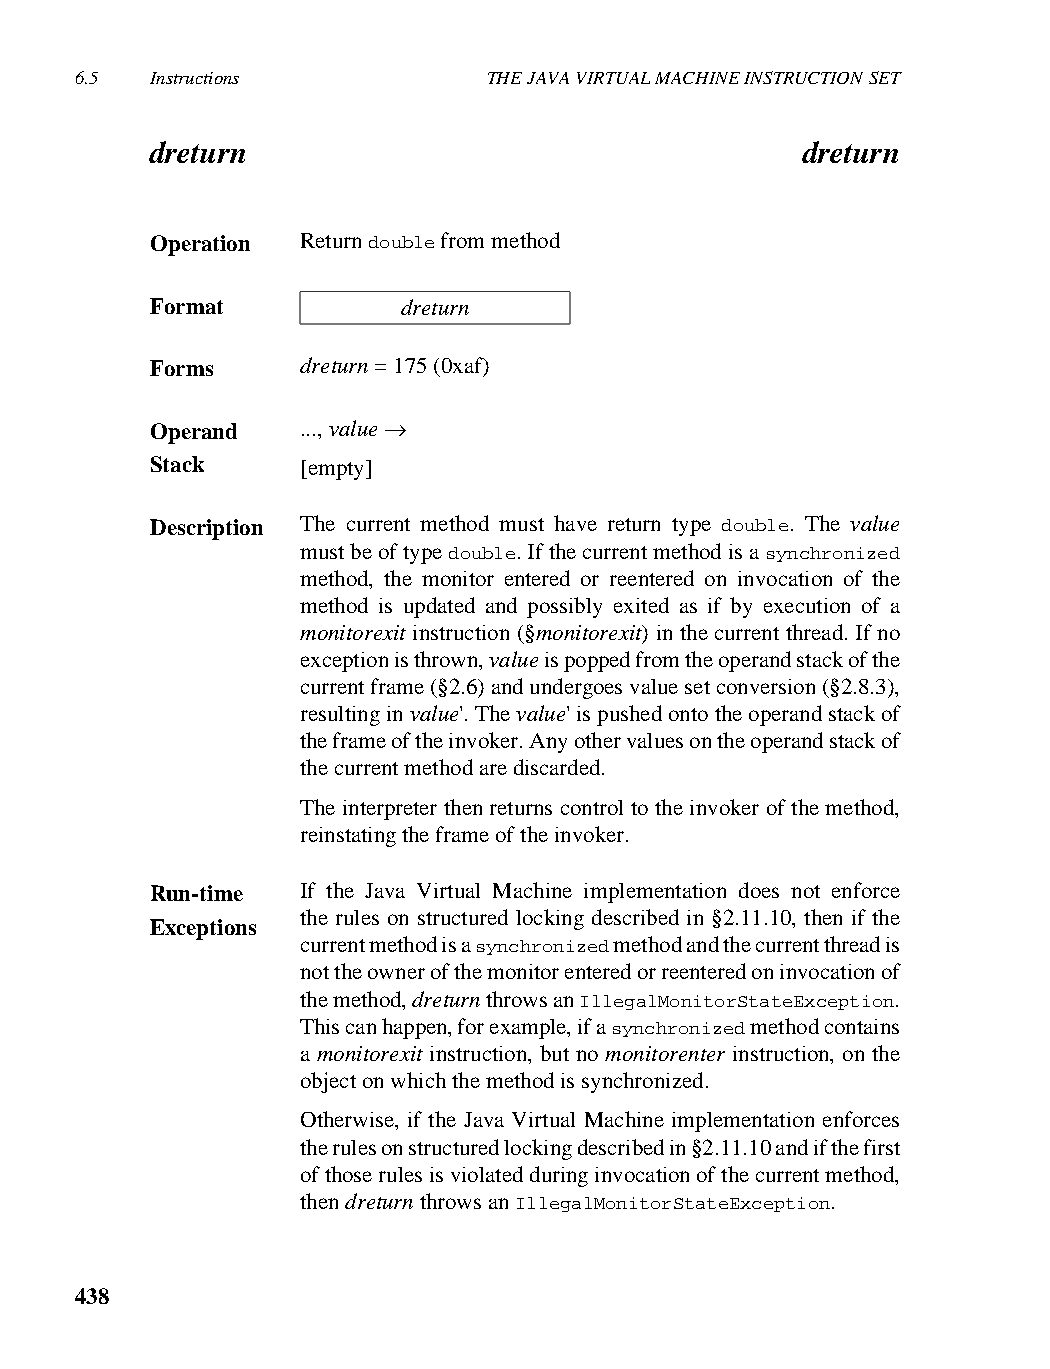
6.5  Instructions          THE JAVA VIRTUAL MACHINE INSTRUCTION SET
 dreturn                                    dreturn
 Operation Return double from method
 Format           dreturn
 Forms     dreturn = 175 (0xaf)
 Operand   ..., value →
 Stack     [empty]
 Description The current method must have return type double. The value
 must be of type double. If the current method is a synchronized
 method, the monitor entered or reentered on invocation of the
 method is updated and possibly exited as if by execution of a
 monitorexit instruction (§monitorexit) in the current thread. If no
 exception is thrown, value is popped from the operand stack of the
 current frame (§2.6) and undergoes value set conversion (§2.8.3),
 resulting in value'. The value' is pushed onto the operand stack of
 the frame of the invoker. Any other values on the operand stack of
 the current method are discarded.
 The interpreter then returns control to the invoker of the method,
 reinstating the frame of the invoker.
 Run-time  If the Java Virtual Machine implementation does not enforce
 the rules on structured locking described in §2.11.10, then if the
 Exceptions
 current method is a synchronized method and the current thread is
 not the owner of the monitor entered or reentered on invocation of
 the method, dreturn throws an IllegalMonitorStateException.
 This can happen, for example, if a synchronized method contains
 a monitorexit instruction, but no monitorenter instruction, on the
 object on which the method is synchronized.
 Otherwise, if the Java Virtual Machine implementation enforces
 the rules on structured locking described in §2.11.10 and if the first
 of those rules is violated during invocation of the current method,
 then dreturn throws an IllegalMonitorStateException.
 438